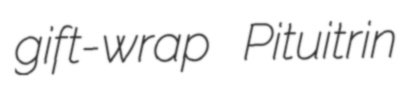
gift-wrap Pituitrin